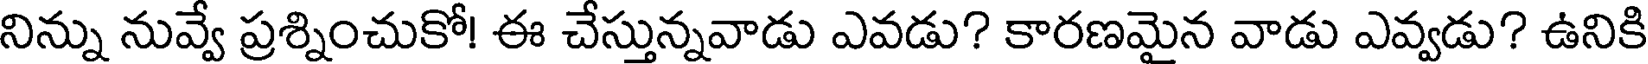
నిన్ను నువ్వే ప్రశ్నించుకో! ఈ చేస్తున్నవాడు ఎవడు? కారణమైన వాడు ఎవ్వడు? ఉనికి